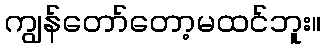
ကျွန်တော်တော့မထင်ဘူး။